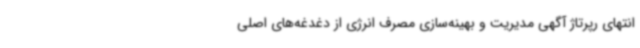
انتهای رپرتاژ آگهی مدیریت و بهینه‌سازی مصرف انرژی از دغدغه‌های اصلی